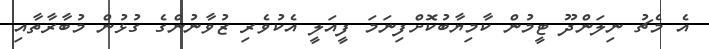
އެ މެޗު ނިލަންދޫ ޓީމުން ކާމިޔާބުކޮށްފިނަމަ ފީއަލީ އެކުވެރި ޒުވާނުންގެ ގުޅުން މުބާރާތާއި